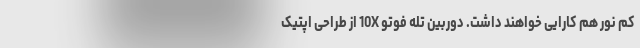
کم نور هم کارایی خواهند داشت. دوربین تله فوتو 10X از طراحی اپتیک